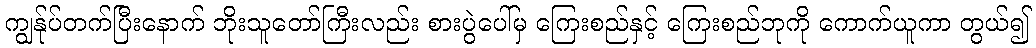
ကျွန်ုပ်တက်ပြီးနောက် ဘိုးသူတော်ကြီးလည်း စားပွဲပေါ်မှ ကြေးစည်နှင့် ကြေးစည်ဘုကို ကောက်ယူကာ တွယ်၍